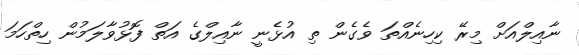
ނާއިލްއަށް މިރޭ ކިހިނެއްތަ ވެގެން ތި އުޅެނީ ނާއިލްގެ އަތް ފޮޅުވާލަމުން ހިތްހަމަ